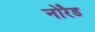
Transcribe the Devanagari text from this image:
नोरैड